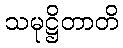
သမုဋ္ဌိတာတိ